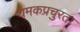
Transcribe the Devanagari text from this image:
यमकप्रचुरता